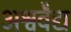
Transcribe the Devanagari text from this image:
अश्ववैद्य